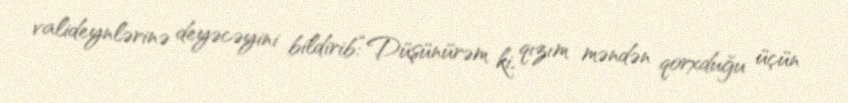
valideynlərinə deyəcəyini bildirib:“Düşünürəm ki, qızım məndən qorxduğu üçün